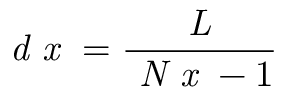
\textit { d x } = \frac { \textit { L } } { \textit { N x } - 1 }